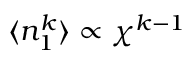
\langle n _ { 1 } ^ { k } \rangle \propto \chi ^ { k - 1 }